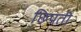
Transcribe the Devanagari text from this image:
छिपती